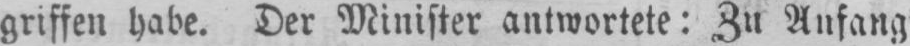
griffen habe. Der Minister antwortete: Zu Anfang